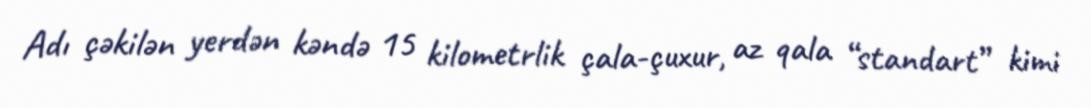
Adı çəkilən yerdən kəndə 15 kilometrlik çala-çuxur, az qala “standart” kimi